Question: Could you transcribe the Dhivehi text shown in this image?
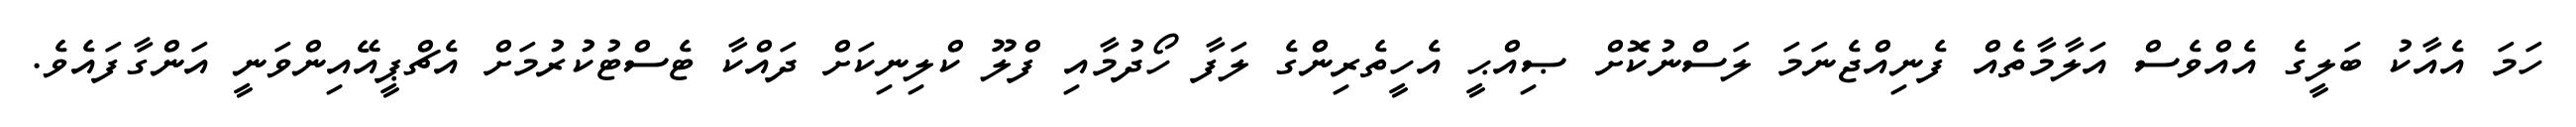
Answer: ހަމަ އެއާކު ބަލީގެ އެއްވެސް އަލާމާތެއް ފެނިއްޖެނަމަ ލަސްނުކޮށް ޞިއްޙީ އެހީތެރިންގެ ލަފާ ހޯދުމާއި ފްލޫ ކްލިނިކަށް ދައްކާ ޓެސްޓުކުރުމަށް އެޗްޕީއޭއިންވަނީ އަންގާފައެވެ.